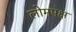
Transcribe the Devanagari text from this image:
लोमपक्ष